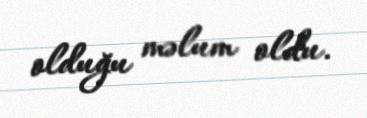
olduğu məlum oldu.